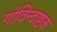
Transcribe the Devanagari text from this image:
गोविन्दाष्टकं